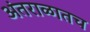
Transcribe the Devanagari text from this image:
अंतराळातच